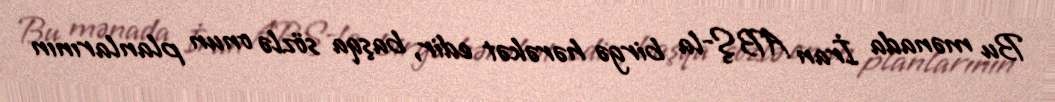
Bu mənada İran ABŞ-la birgə hərəkət edir, başqa sözlə onun planlarının